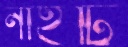
নাইটি